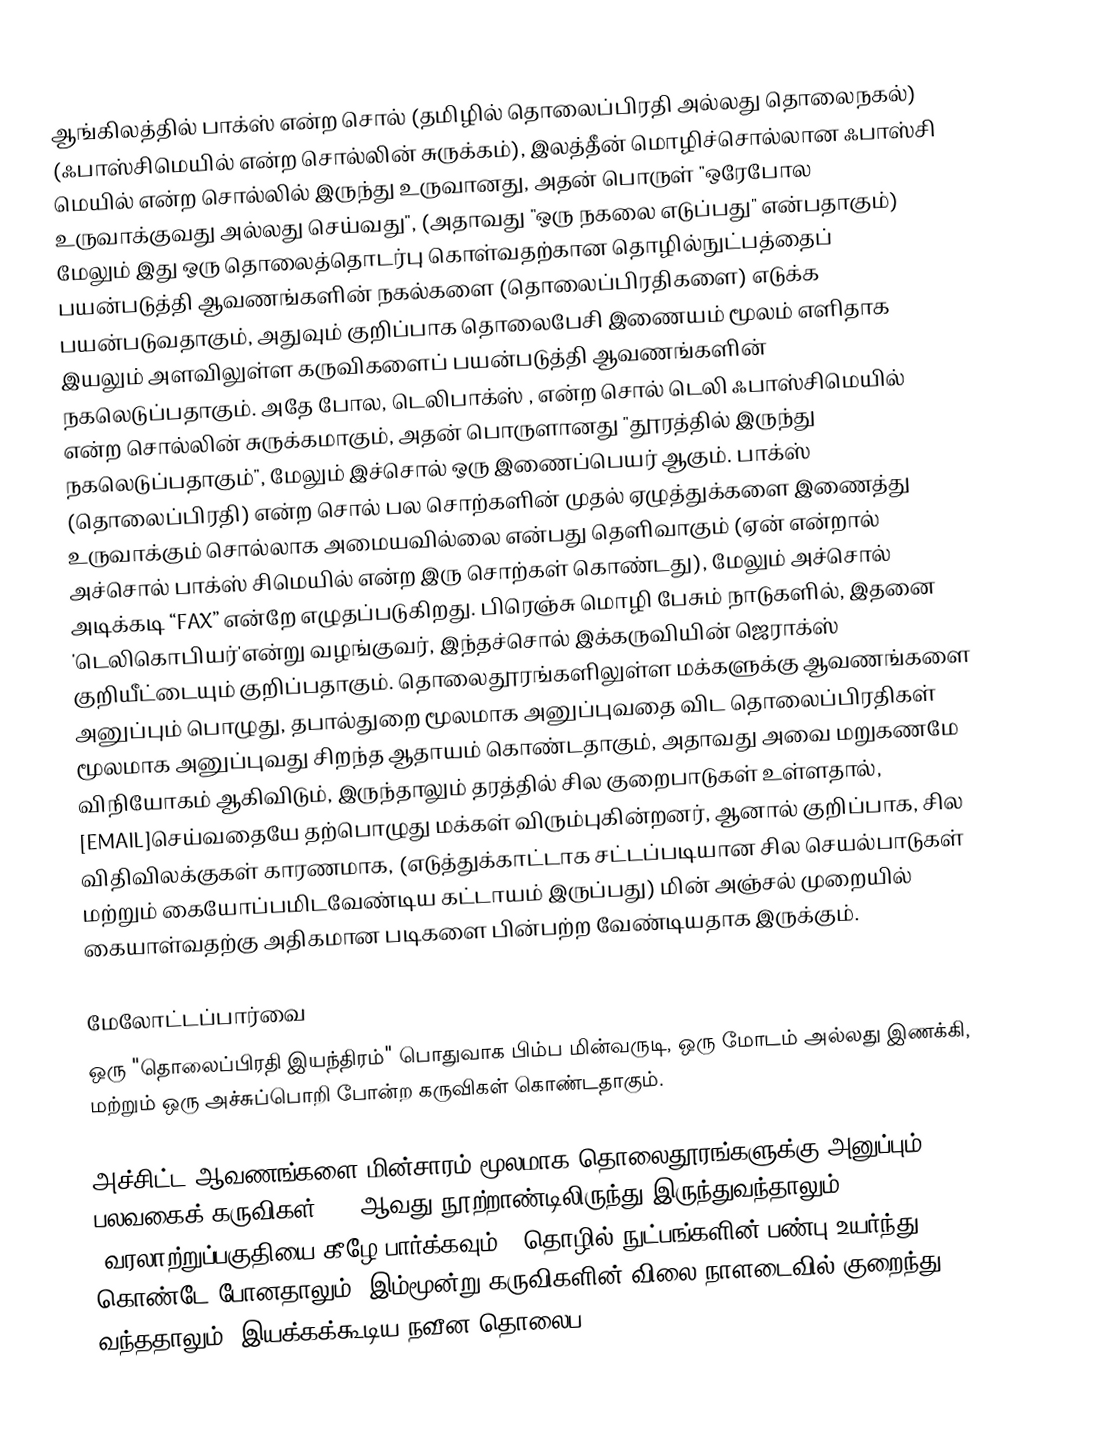
ஆங்கிலத்தில் பாக்ஸ் என்ற சொல் (தமிழில் தொலைப்பிரதி அல்லது தொலைநகல்) (ஃபாஸ்சிமெயில் என்ற சொல்லின் சுருக்கம்), இலத்தீன் மொழிச்சொல்லான ஃபாஸ்சி மெயில் என்ற சொல்லில் இருந்து உருவானது, அதன் பொருள் "ஒரேபோல உருவாக்குவது அல்லது செய்வது", (அதாவது "ஒரு நகலை எடுப்பது" என்பதாகும்) மேலும் இது ஒரு தொலைத்தொடர்பு கொள்வதற்கான தொழில்நுட்பத்தைப் பயன்படுத்தி ஆவணங்களின் நகல்களை (தொலைப்பிரதிகளை) எடுக்க பயன்படுவதாகும், அதுவும் குறிப்பாக தொலைபேசி இணையம் மூலம் எளிதாக இயலும் அளவிலுள்ள கருவிகளைப் பயன்படுத்தி ஆவணங்களின் நகலெடுப்பதாகும். அதே போல, டெலிபாக்ஸ் , என்ற சொல் டெலி ஃபாஸ்சிமெயில் என்ற சொல்லின் சுருக்கமாகும், அதன் பொருளானது "தூரத்தில் இருந்து நகலெடுப்பதாகும்", மேலும் இச்சொல் ஒரு இணைப்பெயர் ஆகும். பாக்ஸ் (தொலைப்பிரதி) என்ற சொல் பல சொற்களின் முதல் ஏழுத்துக்களை இணைத்து உருவாக்கும் சொல்லாக அமையவில்லை என்பது தெளிவாகும் (ஏன் என்றால் அச்சொல் பாக்ஸ் சிமெயில் என்ற இரு சொற்கள் கொண்டது), மேலும் அச்சொல் அடிக்கடி “FAX” என்றே எழுதப்படுகிறது. பிரெஞ்சு மொழி பேசும் நாடுகளில், இதனை 'டெலிகொபியர்'என்று வழங்குவர், இந்தச்சொல் இக்கருவியின் ஜெராக்ஸ் குறியீட்டையும் குறிப்பதாகும். தொலைதூரங்களிலுள்ள மக்களுக்கு ஆவணங்களை அனுப்பும் பொழுது, தபால்துறை மூலமாக அனுப்புவதை விட தொலைப்பிரதிகள் மூலமாக அனுப்புவது சிறந்த ஆதாயம் கொண்டதாகும், அதாவது அவை மறுகணமே விநியோகம் ஆகிவிடும், இருந்தாலும் தரத்தில் சில குறைபாடுகள் உள்ளதால், [EMAIL]செய்வதையே தற்பொழுது மக்கள் விரும்புகின்றனர், ஆனால் குறிப்பாக, சில விதிவிலக்குகள் காரணமாக, (எடுத்துக்காட்டாக சட்டப்படியான சில செயல்பாடுகள் மற்றும் கையோப்பமிடவேண்டிய கட்டாயம் இருப்பது) மின் அஞ்சல் முறையில் கையாள்வதற்கு அதிகமான படிகளை பின்பற்ற வேண்டியதாக இருக்கும்.

 மேலோட்டப்பார்வை
ஒரு "தொலைப்பிரதி இயந்திரம்" பொதுவாக பிம்ப மின்வருடி, ஒரு மோடம் அல்லது இணக்கி, மற்றும் ஒரு அச்சுப்பொறி போன்ற கருவிகள் கொண்டதாகும்.

அச்சிட்ட ஆவணங்களை மின்சாரம் மூலமாக தொலைதூரங்களுக்கு அனுப்பும் பலவகைக் கருவிகள், 19 ஆவது நூற்றாண்டிலிருந்து இருந்துவந்தாலும், (வரலாற்றுப்பகுதியை கீழே பார்க்கவும்), தொழில் நுட்பங்களின் பண்பு உயர்ந்து கொண்டே போனதாலும், இம்மூன்று கருவிகளின் விலை நாளடைவில் குறைந்து வந்ததாலும், இயக்கக்கூடிய நவீன தொலைப